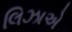
લિઝાએ